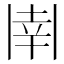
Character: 𫡈